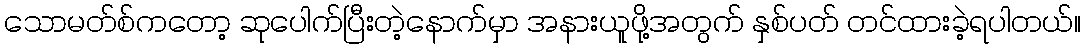
သောမတ်စ်ကတော့ ဆုပေါက်ပြီးတဲ့နောက်မှာ အနားယူဖို့အတွက် နှစ်ပတ် တင်ထားခဲ့ရပါတယ်။